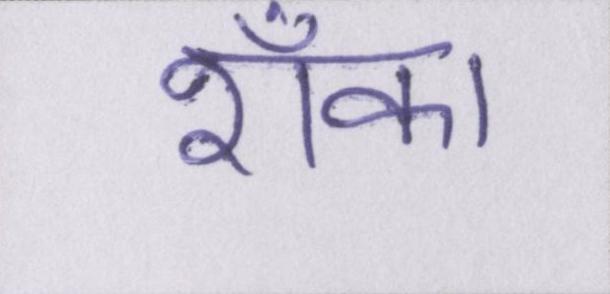
शँका